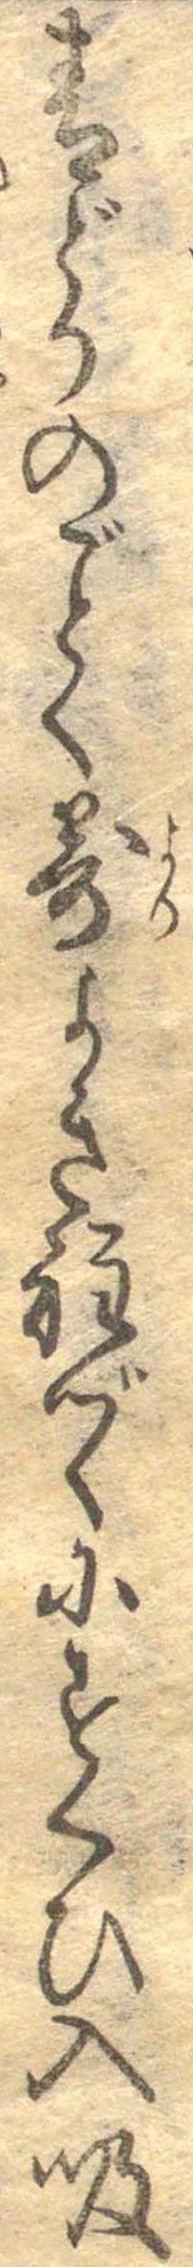
青どりのごとく寄よき程づゝにすくひ入吸